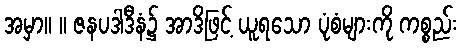
အမှာ။ ။ ဇနပဒါဒီနံ၌ အာဒိဖြင့် ယူရသော ပုံစံများကို ကစ္စည်း